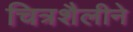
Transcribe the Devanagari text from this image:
चित्रशैलीने